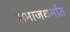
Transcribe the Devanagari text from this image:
समाजधर्मात